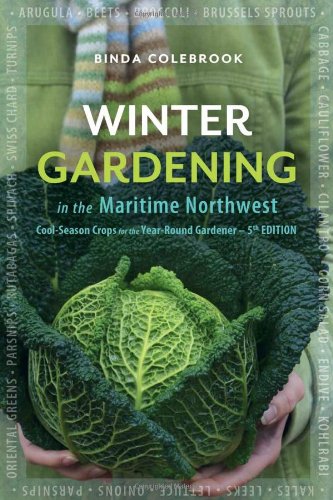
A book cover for Winter Gardening in the Maritime Northwest: Cool Season Crops for the Year-Round Gardener; Binda Colebrook; Crafts, Hobbies & Home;